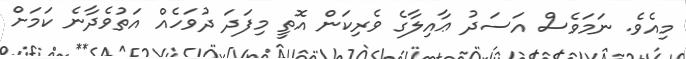
މިއެވެ. ނަމަވެސް އަސަދު ޢާއިލާގެ ވެރިކަން އޮތީ މިފަދަ ދުވަހެއް އަތުވެދާނެ ކަމަށް